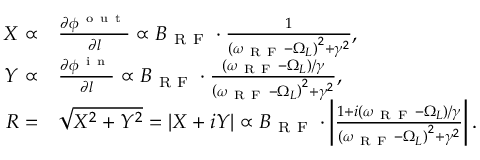
\begin{array} { r l } { X \propto } & { { } \frac { \partial \phi ^ { \mathrm { ~ o ~ u ~ t ~ } } } { \partial l } \propto B _ { \mathrm { ~ R ~ F ~ } } \cdot \frac { 1 } { \left( \omega _ { \mathrm { ~ R ~ F ~ } } - \Omega _ { L } \right) ^ { 2 } + \gamma ^ { 2 } } , } \\ { Y \propto } & { { } \frac { \partial \phi ^ { \mathrm { ~ i ~ n ~ } } } { \partial l } \propto B _ { \mathrm { ~ R ~ F ~ } } \cdot \frac { \left( \omega _ { \mathrm { ~ R ~ F ~ } } - \Omega _ { L } \right) / \gamma } { \left( \omega _ { \mathrm { ~ R ~ F ~ } } - \Omega _ { L } \right) ^ { 2 } + \gamma ^ { 2 } } , } \\ { R = } & { { } \sqrt { X ^ { 2 } + Y ^ { 2 } } = | X + i Y | \propto B _ { \mathrm { ~ R ~ F ~ } } \cdot \left| \frac { 1 + i \left( \omega _ { \mathrm { ~ R ~ F ~ } } - \Omega _ { L } \right) / \gamma } { \left( \omega _ { \mathrm { ~ R ~ F ~ } } - \Omega _ { L } \right) ^ { 2 } + \gamma ^ { 2 } } \right| . } \end{array}